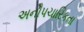
અનૌપચારિકતા